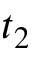
t _ { 2 }